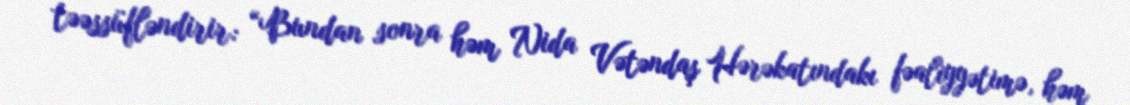
təəssüfləndirir: “Bundan sonra həm Nida Vətəndaş Hərəkatındakı fəaliyyətimə, həm